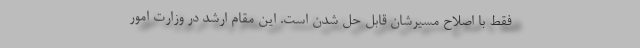
فقط با اصلاح مسیرشان قابل حل شدن است. این مقام ارشد در وزارت امور